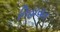
નિહાયત